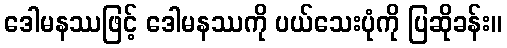
ဒေါမနဿဖြင့် ဒေါမနဿကို ပယ်သေးပုံကို ပြဆိုခန်း။